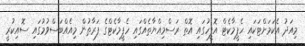
މިއަދު އެކަމަށްޓަކައި ހެޕީމާކެޓް އޮފީހުގައި އޮތް ރަސްމިއްޔާތެއްގައި ހެޕީމާކެޓްގެ ފަރާތުން މިއެއްބަސްވުމުގައި ސޮއިކުރީ